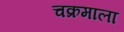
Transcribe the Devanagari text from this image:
चक्रमाला